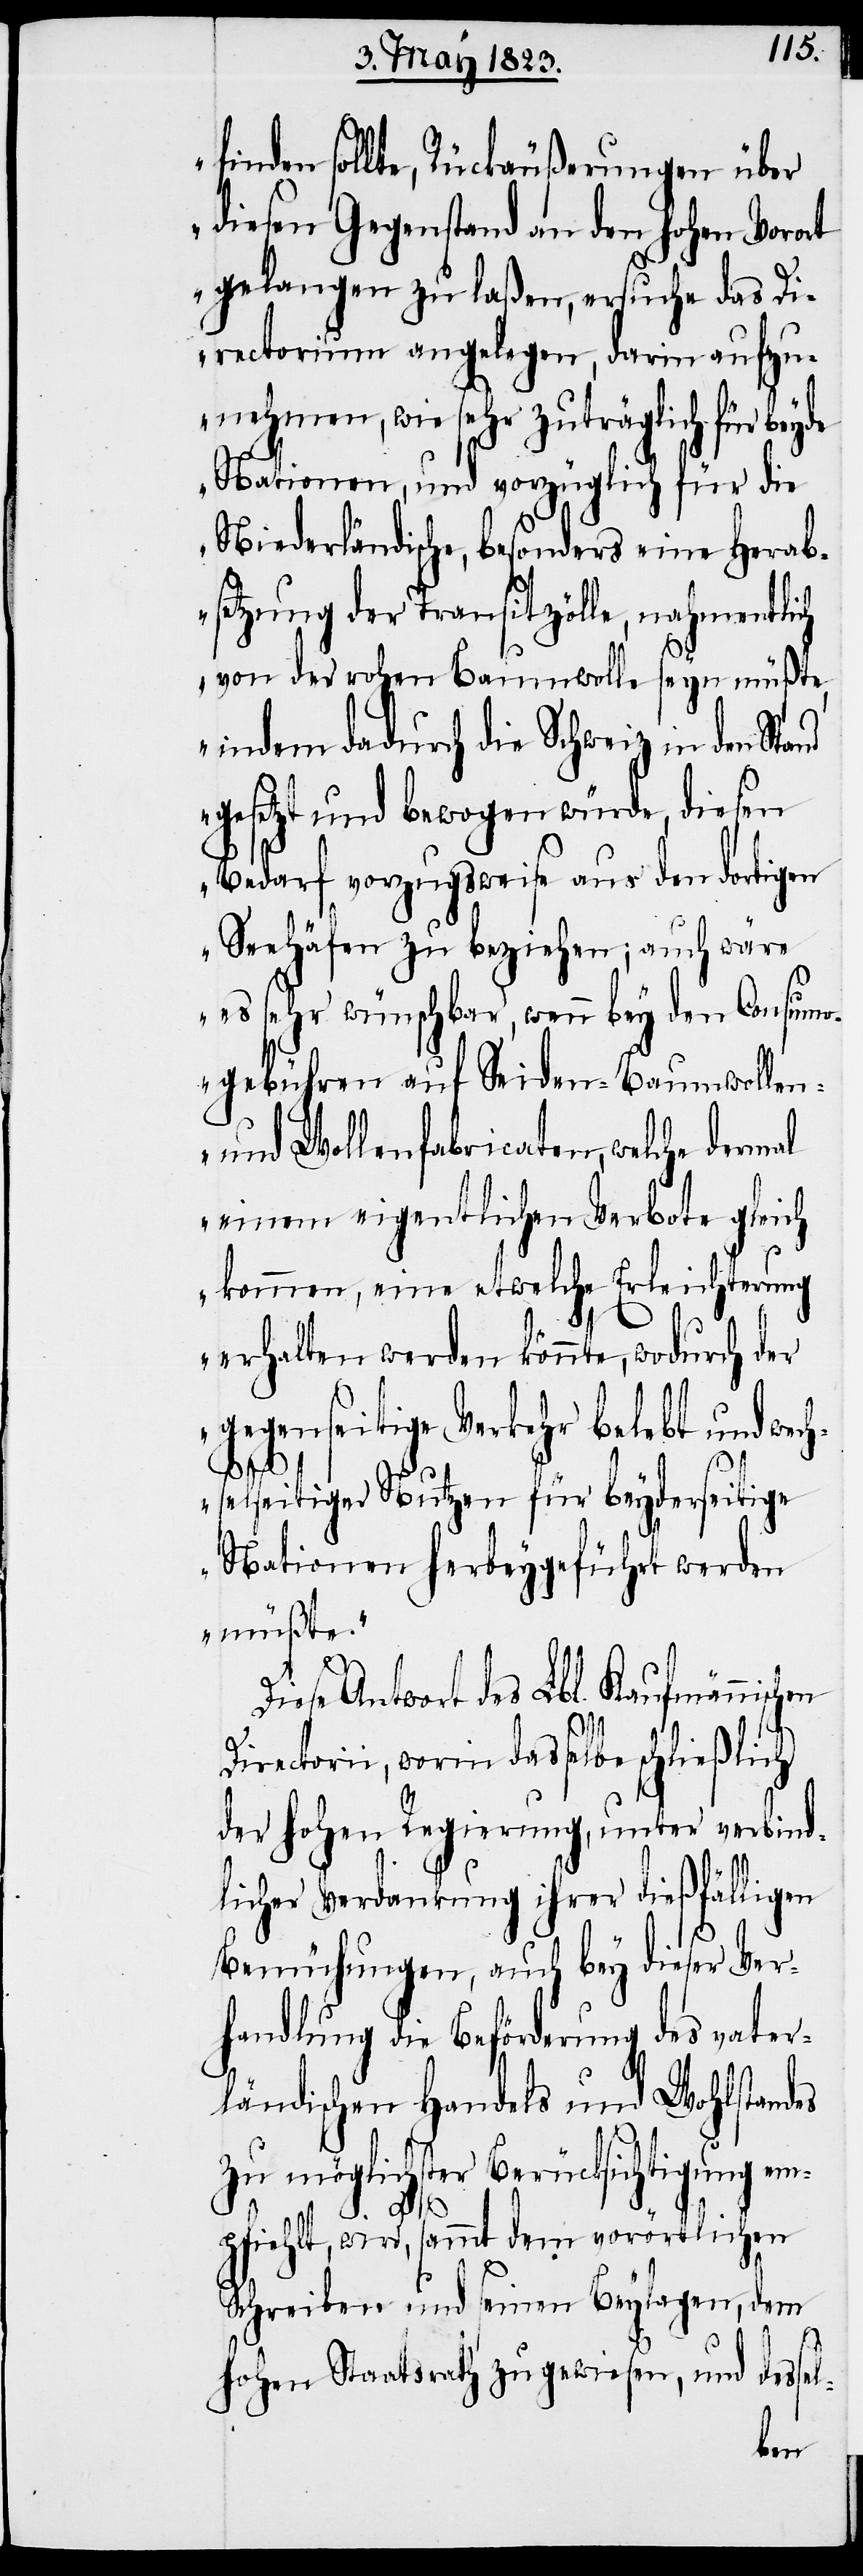
finden sollte, Rückäußerungen über
diesen Gegenstand an den hohen Vorort
gelangen zu laßen, ersuche das Di¬
rectorium angelegen, darin aufzu¬
nehmen, wie sehr zuträglich für beyde
Nationen, und vorzüglich für die
Niederländische, besonders eine Herab¬
setzung der Transitzölle, nahmentlich
von der rohen Baumwolle seyn müßte,
indem dadurch die Schweiz in den
gesetzt und bewogen würde, diesen
Bedarf vorzugsweise aus den dortigen
Seehäfen zu beziehen; auch wäre
es sehr wünschbar, wenn bey den Consumo¬
gebühren auf Seiden-[,] Baumwollen-
und Wollenfabricaten, welche dermal
einem eigentlichen Verbote gleich
kommen, eine etwelche Erleichterung
erhalten werden könnte, wodurch der
gegenseitige Verkehr belebt und wec¬
hselseitiger Nutzen für beyderseitige
Nationen herbeygeführt werden
müßte.“
Diese Antwort des Lbl. Kaufmännischen
Directorii, worin dasselbe schließlich
der hohen Regierung, unter verbind¬
licher Verdankung ihrer dießfälligen
Bemühungen, auch bey dieser Ver¬
handlung die Beförderung des vater¬
ländischen Handels und Wohlstandes
zu möglichster Berücksichtigung em¬
pfiehlt, wird, sammt dem vorörtlichen
Schreiben und seinen Beylagen, dem
l-
hohen Staatsrath zugewiesen, und desse¬